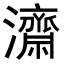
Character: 𭳯